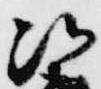
法